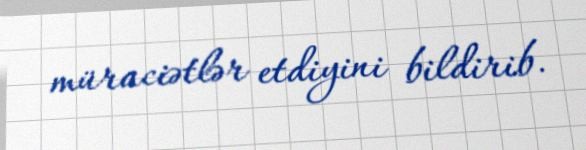
müraciətlər etdiyini bildirib.